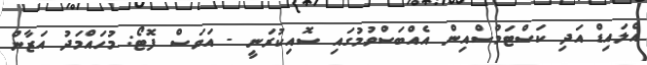
އެލައިޑް އަދި ކަސްޓަމްސްއިން އެއްބަސްވުމުގައި ސޮއިކުރަނީ - އަވަސް ފޮޓޯ: މުހައްމަދު އަޒާން